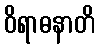
ဝိရာဓနာတိ